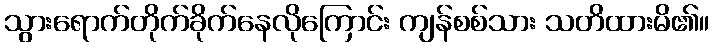
သွားရောက်တိုက်ခိုက်နေလိုကြောင်း ကျန်စစ်သား သတိထားမိ၏။